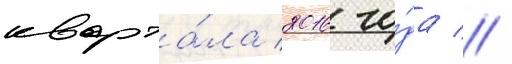
кварта́ла 2016 го́да //